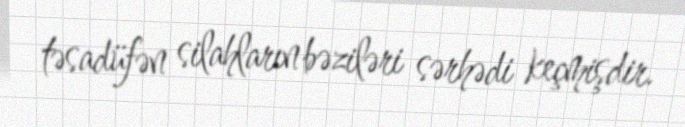
təsadüfən silahların bəziləri sərhədi keçmişdir.